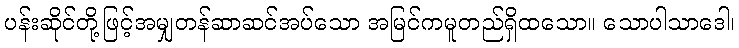
ပန်းဆိုင်တို့ဖြင့်အမျှတန်ဆာဆင်အပ်သော အမြင်ကမူတည်ရှိထသော။ သောပါသာဒေါ၊